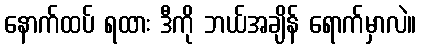
နောက်ထပ် ရထား ဒီကို ဘယ်အချိန် ရောက်မှာလဲ။